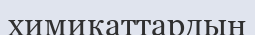
химикаттардың